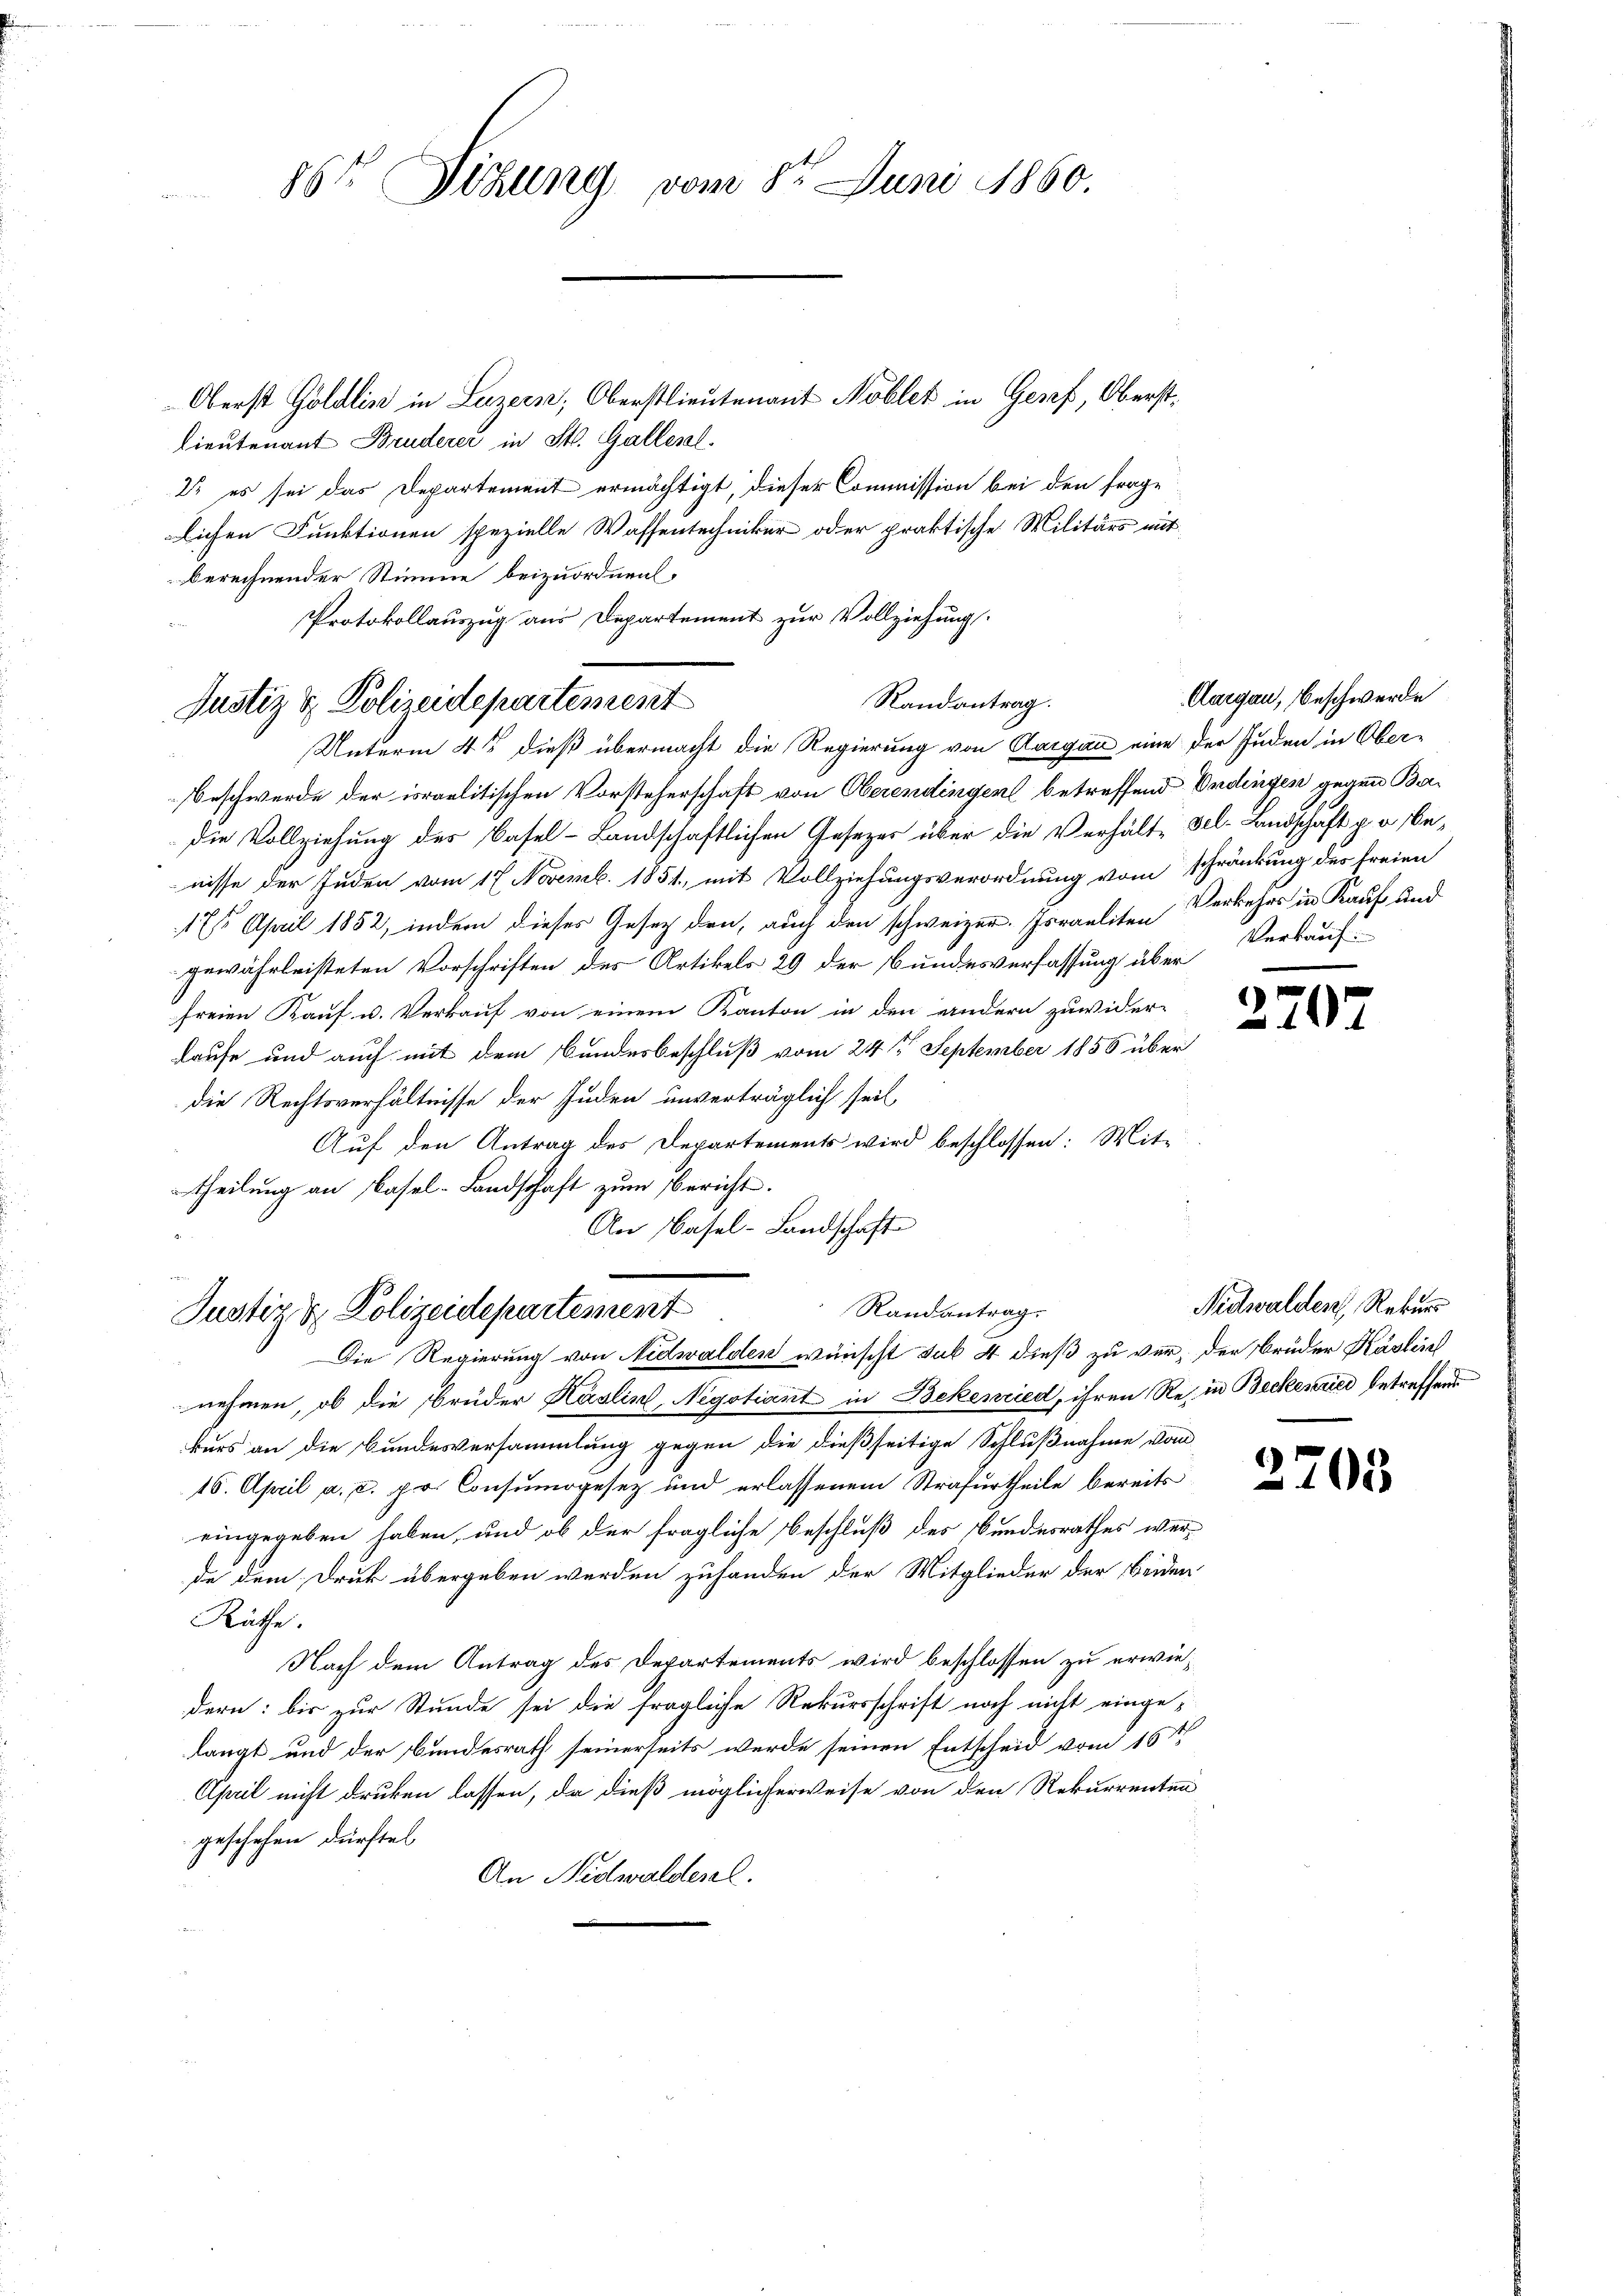
86t Sitzung vom 8t Juni 1860.

Oberst Göldlin in Luzern, Oberstlieutenant Nobler in Genf, Oberst¬
Lieutenant Bruderer in St. Gallen.
22 es sei das Departement ermächtigt, dieser Commission bei den frage
lichen Funktionen spezielle Wassentechniker oder praktische Militärs mit
berechnender Stimme beizuordnen.
Protokollauszug aus Departement zur Vollziehung.

Beschwerde der israelitischen Vorsteherschaft von Oberendingers betreffend Ordingen gegen Ba¬
Die Vollziehung des Basel-Landschaftlichen Gesetzes über die Verhält sel-Landschaft p a benisse der Juden vom 17. Novemb. 1851, mit Vollziehungsverordnung vom schränkung des freien
171. April 1852, indem dieses Gesetz den, auch den schweizer. Israeliten Verkehrs in Kauf und
gewährleisteten Vorschriften des Artikels 29 der Bundesverfassung über
freien Kauf u. Verkauf von einem Kanton in den andern zuwider-
Laufe und auch mit dem Bundesbeschluß vom 24 t September 1856 über
die Rechtsverhältnisse der Juden unverträglich seit
Auf den Antrag des Departements wird beschlossen: Mit-
theilung an Basel-Landschaft zum Bericht.
An Basel-Landschaft

Randantrag.
Justiz & Polizeidepartemest
Unterm 4t dieß übermacht die Regierung von Aargau eine der Juden in Ober-

Randantrag.
Justiz & Polizeidepartement
Die Regierung von Nidwalden wünscht sub 4 dieß zu ver- der Brüder Käsleich

nehmen, ob die Brüder Käslin, Negotiant in Bekenried, ihren Re- in Beckenried betreffend
kurs an die Bundesversammlung gegen die dießseitige Schlußnahme vom
16. April a. c. pr. Consumogesez und erlassenem Strafurtheile bereits
eingegeben haben, und ob der fragliche Beschluß des Bundesrathes werde dem Druck übergeben werden zuhanden der Mitglieder der Beiden
Küche.
Nach dem Antrag des Departements wird beschlossen zu erwiedern: bis zur Stunde sei die fragliche Rekursschrift noch nicht einge-
langt und der Bundesrath seinerseits werde seinen Entscheid vom 16te
April nicht drucken lassen, da dieß möglicherweise von den Rekurrenten
geschehen dürftel
An Nidwaldesal.

Aargau, Beschwerde
Verkauf

270

Nidwalden, Rekurs

2705